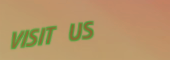
VISIT US